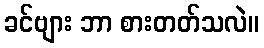
ခင်ဗျား ဘာ စားတတ်သလဲ။